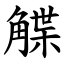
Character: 䚢